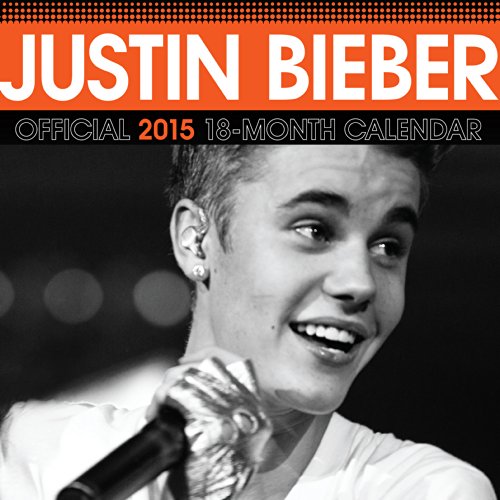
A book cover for Justin Bieber 2015 Square 12x12 Bravado; BrownTrout; Calendars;